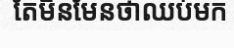
តែមិនមែនថាឈប់មក